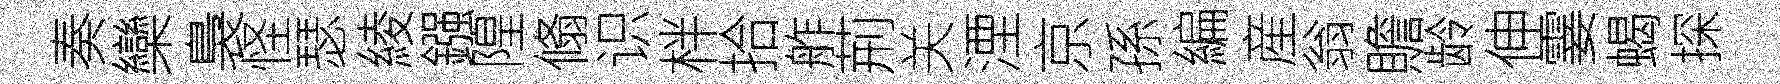
奏欒裊怪瑟綾鏹隍翛识柈拾舴荊关湮京孫編産翁贍龄伸霎蝎探